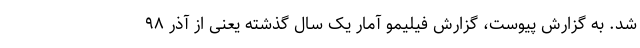
شد. به گزارش پیوست، گزارش فیلیمو آمار یک سال گذشته یعنی از آذر ۹۸